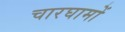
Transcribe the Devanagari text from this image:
चारघामों